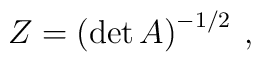
Z=\left( \det A \right)^{-1/2}\:,